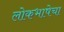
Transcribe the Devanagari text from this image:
लोकभाषेचा